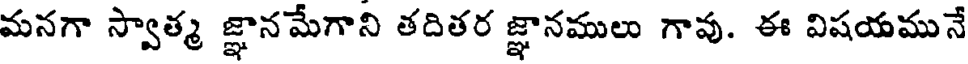
మనగా స్వాత్మ జ్ఞానమేగాని తదితర జ్ఞానములు గావు. ఈ విషయమునే